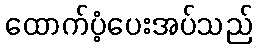
ထောက်ပံ့ပေးအပ်သည်